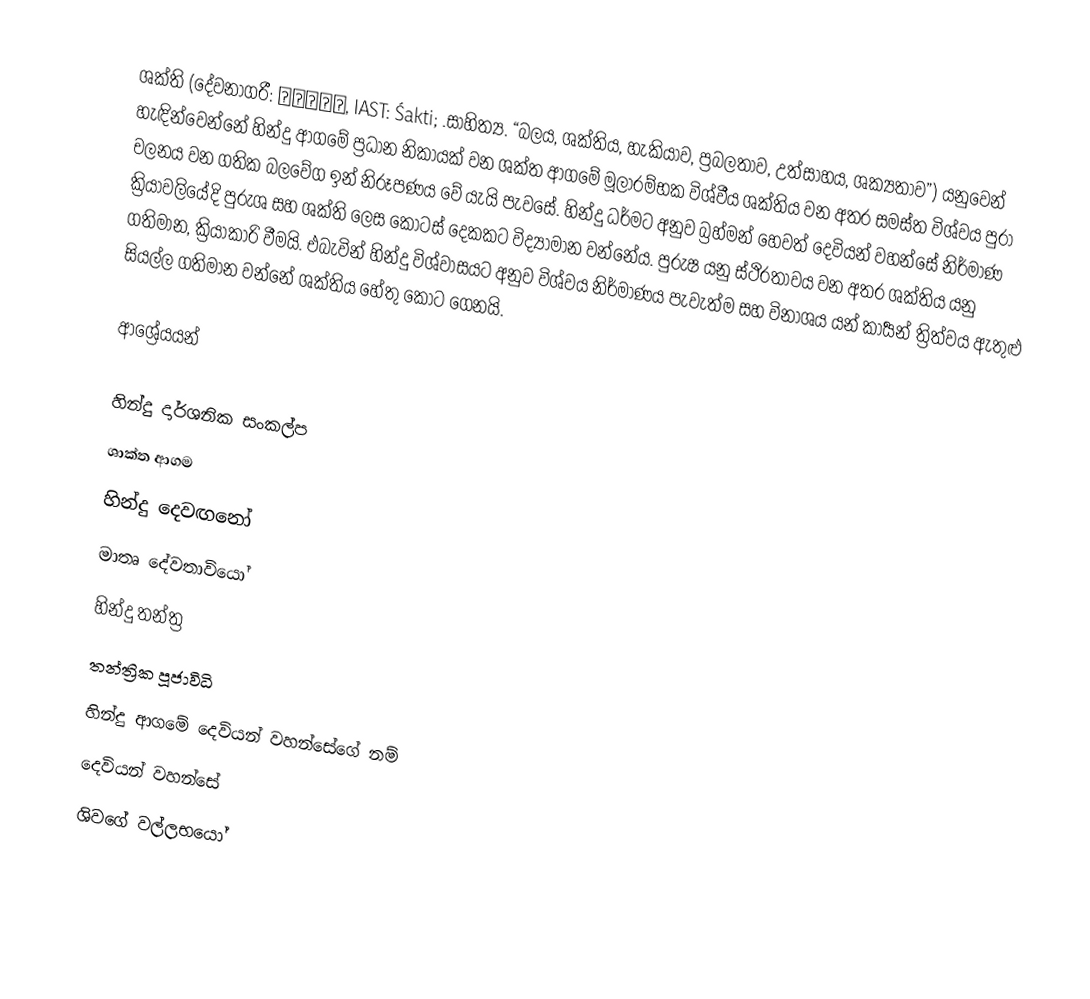
ශක්ති (දේවනාගරී: शक्ति, IAST: Śakti; .සාහිත්‍ය. “බලය, ශක්තිය, හැකියාව, ප්‍රබලතාව, උත්සාහය, ශක්‍යතාව”) යනුවෙන් හැඳින්වෙන්නේ හින්දු ආගමේ ප්‍රධාන නිකායක් වන ශක්ත ආගමේ මූලාරම්භක විශ්වීය ශක්තිය වන අතර සමස්ත විශ්වය පුරා චලනය වන ගතික බලවේග ඉන් නිරූපණය වේ යැයි පැවසේ. හින්දු ධර්මට අනුව බ්‍රහ්මන් හෙවත් දෙවියන් වහන්සේ නිර්මාණ ක්‍රියාවලියේදි පුරුශ සහ ශක්ති ලෙස කොටස් දෙකකට විද්‍යාමාන වන්නේය. පුරුෂ යනු ස්ථිරතාවය වන අතර ශක්තිය යනු ගතිමාන, ක්‍රියාකාරි වීමයි. එබැවින් හින්දු විශ්වාසයට අනුව විශ්වය නිර්මාණය පැවැත්ම සහ විනාශය යන් කාර්‍යන් ත්‍රිත්වය ඇතුළු සියල්ල ගතිමාන වන්නේ ශක්තිය හේතු කොට ගෙනයි.

ආශ්‍රේයයන්

හින්දු දාර්ශනික සංකල්ප
ශාක්ත ආගම
හින්දු දෙවඟනෝ
මාතෘ දේවතාවියෝ
හින්දු තන්ත්‍ර
තන්ත්‍රික පූජාවිධි
හින්දු ආගමේ දෙවියන් වහන්සේගේ නම්
දෙවියන් වහන්සේ
ශිවගේ වල්ලභයෝ